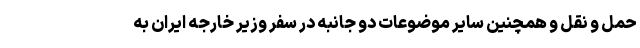
حمل و نقل و همچنین سایر موضوعات دو جانبه در سفر وزیر خارجه ایران به